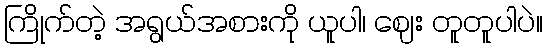
ကြိုက်တဲ့ အရွယ်အစားကို ယူပါ၊ ဈေး တူတူပါပဲ။